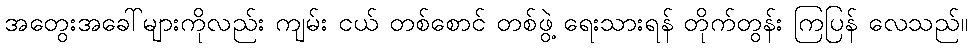
အတွေးအခေါ်များကိုလည်း ကျမ်း ငယ် တစ်စောင် တစ်ဖွဲ့ ရေးသားရန် တိုက်တွန်း ကြပြန် လေသည်။